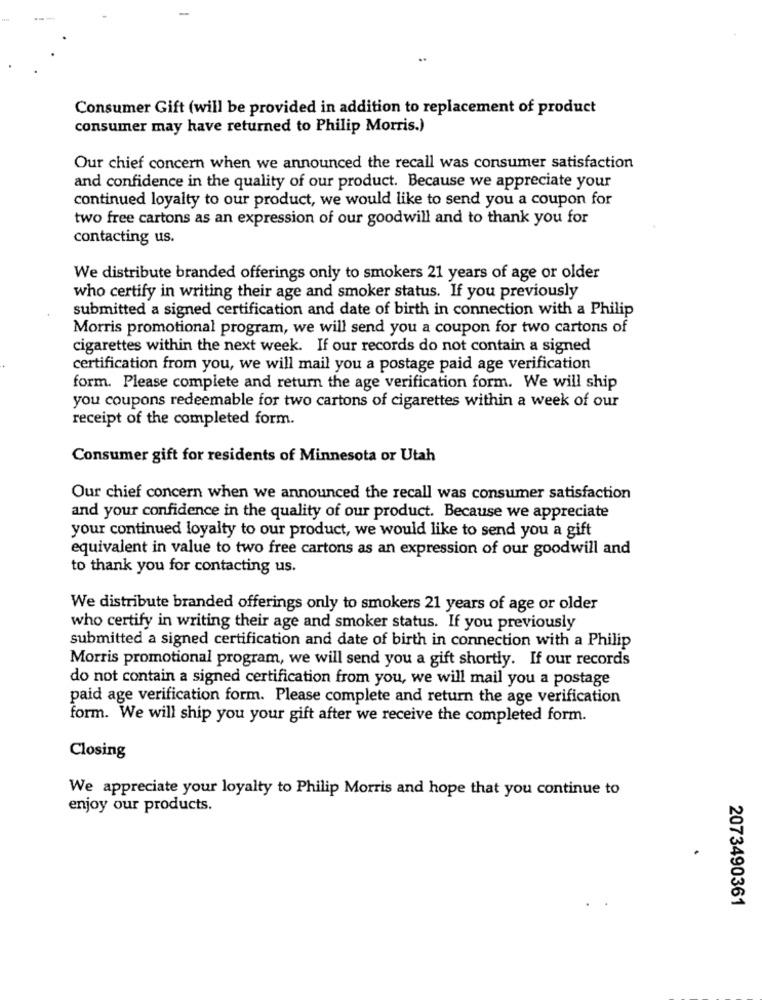
Consumer Gift (will be provided in addition to replacement of product
consumer may have returned to Philip Morris.)
Our chief concern when we announced the recall was consumer satisfaction
and confidence in the quality of our product. Because we appreciate your
continued loyalty to our product, we would like to send you a coupon for
two free cartons as an expression of our goodwill and to thank you for
contacting us.
We distribute branded offerings only to smokers 21 years of age or older
who certify in writing their age and smoker status. If you previously
submitted a signed certification and date of birth in connection with a Philip
Morris promotional program, we will send you a coupon for two cartons of
cigarettes within the next week. If our records do not contain a signed
certification from you, we will mail you a postage paid age verification
form. Please complete and return the age verification form. We will ship
you coupons redeemable for two cartons of cigarettes within a week of our
receipt of the completed form.
Consumer gift for residents of Minnesota or Utah
Our chief concern when we announced the recall was consumer satisfaction
and your confidence in the quality of our product. Because we appreciate
your continued loyalty to our product, we would like to send you a gift
equivalent in value to two free cartons as an expression of our goodwill and
to thank you for contacting us.
We distribute branded offerings only to smokers 21 years of age or older
who certify in writing their age and smoker status. If you previously
submitted a signed certification and date of birth in connection with a Philip
Morris promotional program, we will send you a gift shortly. If our records
do not contain a signed certification from you, we will mail you a postage
paid age verification form. Please complete and return the age verification
form. We will ship you your gift after we receive the completed form.
Closing
We appreciate your loyalty to Philip Morris and hope that you continue to
enjoy our products.
2073490361